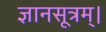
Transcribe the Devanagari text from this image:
ज्ञानसूत्रम्।